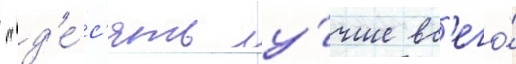
 "д'е́с'ять лу́чше вс'его́